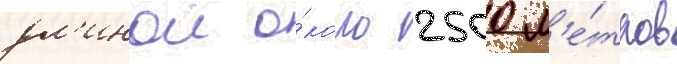
дл'инои о́коло 2500 м'е́тров